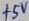
Text: +5V